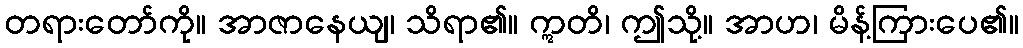
တရားတော်ကို။ အာဇာနေယျ၊ သိရာ၏။ ဣတိ၊ ဤသို့။ အာဟ၊ မိန့်ကြားပေ၏။